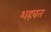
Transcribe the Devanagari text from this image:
शहवत